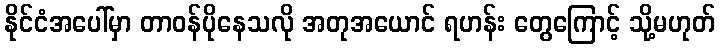
နိုင်ငံအပေါ်မှာ တာဝန်ပိုနေသလို အတုအယောင် ရဟန်း တွေကြောင့် သို့မဟုတ်